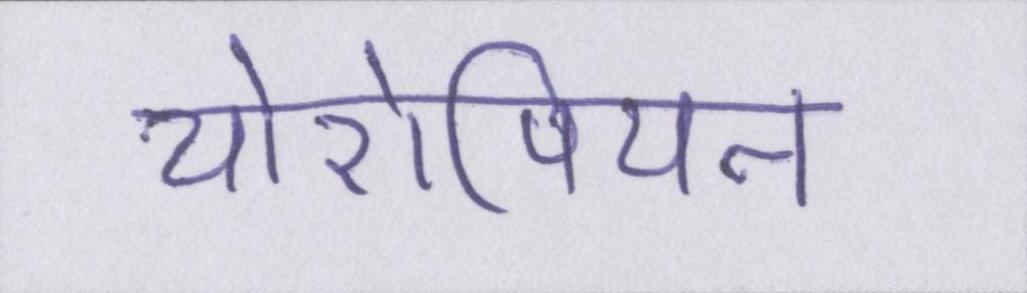
योरोपियन